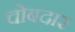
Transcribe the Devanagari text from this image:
चोबदार